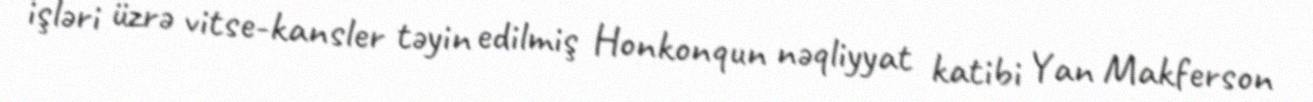
işləri üzrə vitse-kansler təyin edilmiş Honkonqun nəqliyyat katibi Yan Makferson